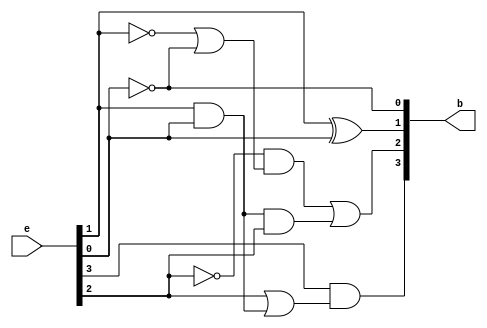
`timescale 1ns / 1ps

module excess3_to_bcd(
    input [3:0] e ,
    output [3:0] b 
    );
    
    assign b[3] = e[3] & (e[2] |( e[1] & e[0]));
    assign b[2] = ((~ e[2]) & ((~ e[1]) | (~ e[0]))) | (e[0] & e[1] & e[2]);
    assign b[1] = e[1] ^ e[0];
    assign b[0] = ~ e[0];
          
endmodule